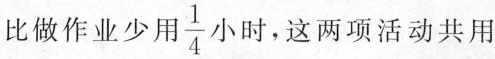
比做作业少用 \frac{1}{4} 小时，这两项活动共用